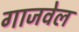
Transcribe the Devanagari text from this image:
गाजवेल